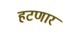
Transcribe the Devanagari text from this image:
हटणार